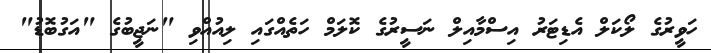
ހަވީރުގެ ލޯކަލް އެޑިޓަރު އިސްމާއިލް ނަސީރުގެ ކޮލަމް ހަތެއްގައި ލިއުއްވި "ނަޖީބުގެ "އަގުބޮޑު"